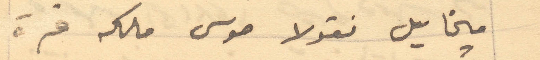
ميخايل نقولا موسى ملكه قرة